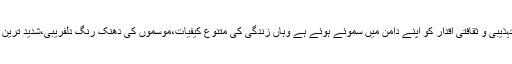
ان کا اسلوب جہاں ان کی زندگی،معاشرتی حالات،سماجی میلانات اور تہذیبی و ثقافتی اقدار کو اپنے دامن میں سموئے ہوئے ہے وہاں زندگی کی متنوع کیفیات،موسموں کی دھنک رنگ دلفریبی،شدید ترین جذبات و احساسات کا بان بھی ان کے اسلوب کو سحر نگار بنا دیتا ہے۔